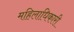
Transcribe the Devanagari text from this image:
महिलाधिकारी